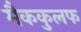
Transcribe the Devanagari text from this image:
मैककुलफ